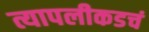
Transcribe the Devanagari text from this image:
त्यापलीकडचं